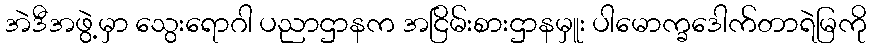
အဲဒီအဖွဲ့မှာ သွေးရောဂါ ပညာဌာနက အငြိမ်းစားဌာနမှူး ပါမောက္ခဒေါက်တာရဲမြကို